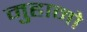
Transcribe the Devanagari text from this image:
मुहानो